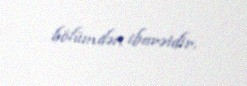
bölümdən ibarətdir.